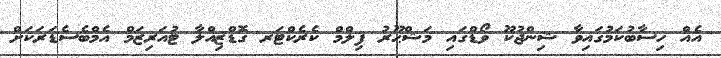
އެއް ހިސާބުކަމުގައިވާ ޝިންޖުކޫ ވޯޑްގައި މަޝްޙޫރު ފިލްމް ކެރެކްޓަރ ގޮޑްޒިއްލާ ޓުއަރިޒަމް އެމްބެސެޑަރަކަށް